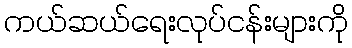
ကယ်ဆယ်ရေးလုပ်ငန်းများကို